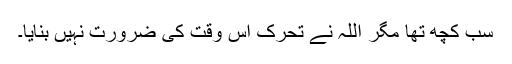
سب کچھ تھا مگر اللہ نے تحرک اُس وقت کی ضرورت نہیں بنایا۔